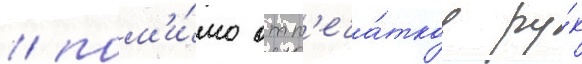
/ пом'и́мо отп'еча́тков ру́к